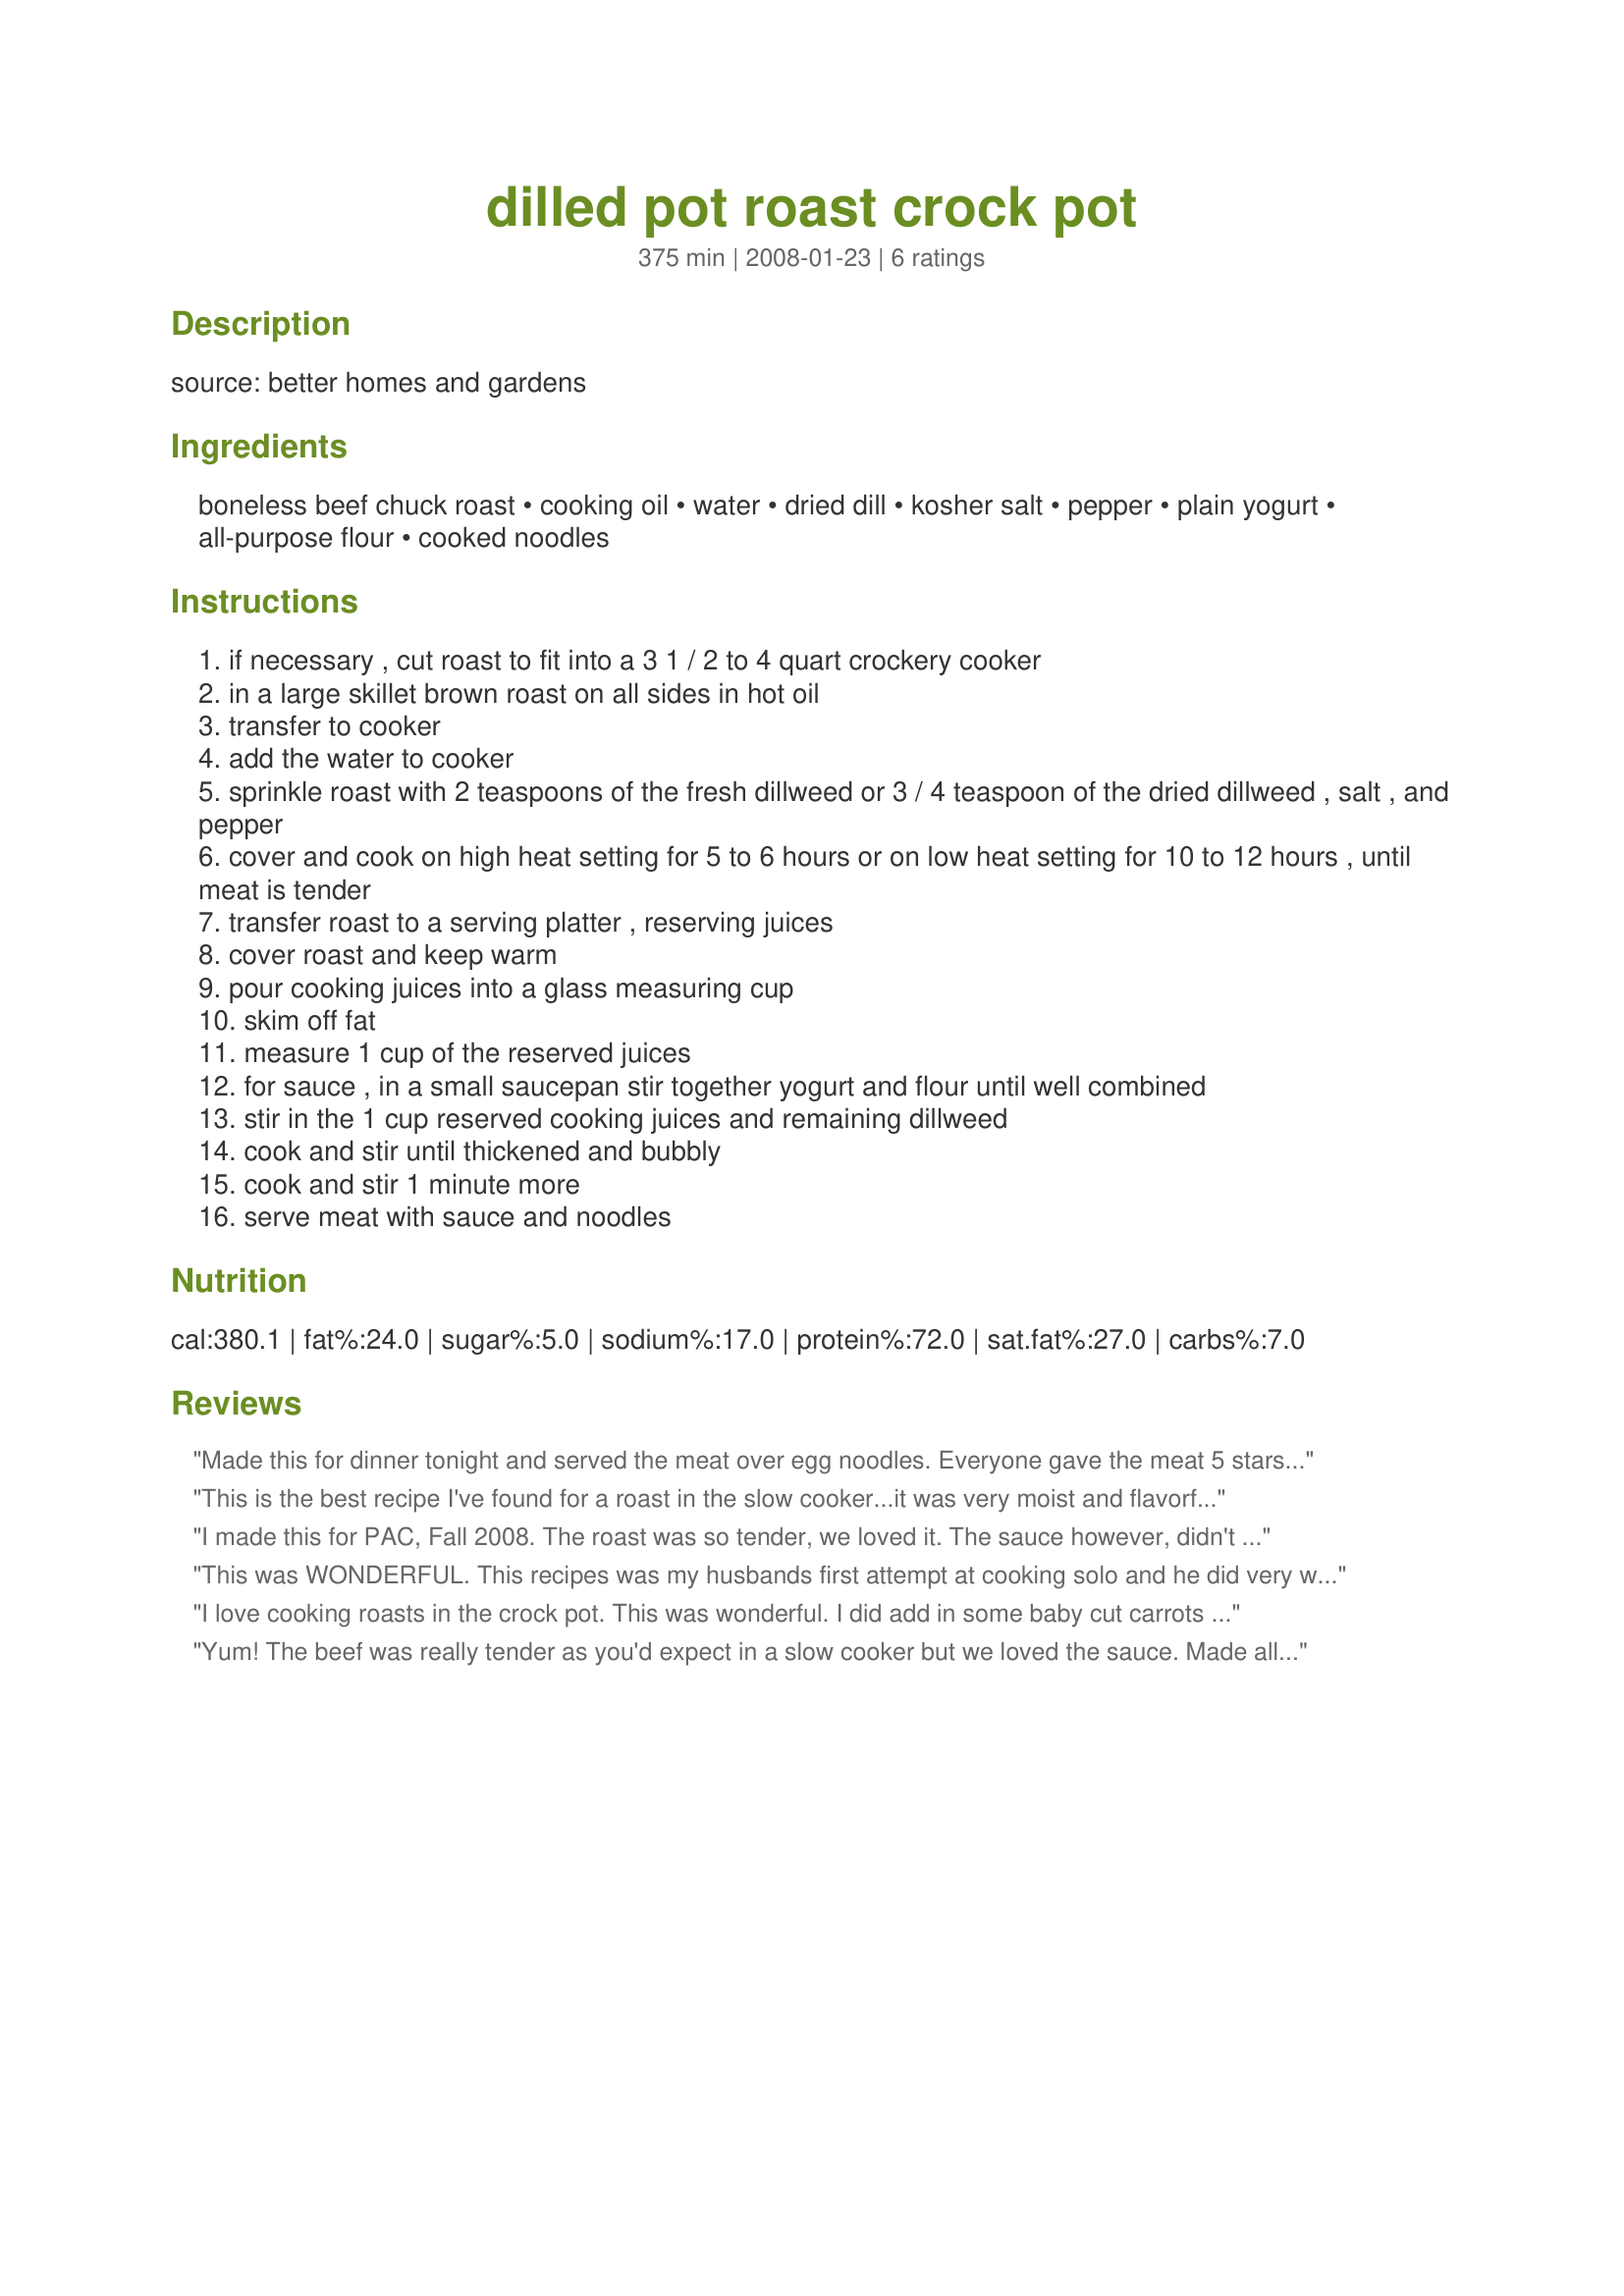
dilled pot roast crock pot
Preparation time: 375 minutes

source: better homes and gardens

Ingredients:
boneless beef chuck roast, cooking oil, water, dried dill, kosher salt, pepper, plain yogurt, all-purpose flour, cooked noodles

Steps:
if necessary , cut roast to fit into a 3 1 / 2 to 4 quart crockery cooker
in a large skillet brown roast on all sides in hot oil
transfer to cooker
add the water to cooker
sprinkle roast with 2 teaspoons of the fresh dillweed or 3 / 4 teaspoon of the dried dillweed , salt , and pepper
cover and cook on high heat setting for 5 to 6 hours or on low heat setting for 10 to 12 hours , until meat is tender
transfer roast to a serving platter , reserving juices
cover roast and keep warm
pour cooking juices into a glass measuring cup
skim off fat
measure 1 cup of the reserved juices
for sauce , in a small saucepan stir together yogurt and flour until well combined
stir in the 1 cup reserved cooking juices and remaining dillweed
cook and stir until thickened and bubbly
cook and stir 1 minute more
serve meat with sauce and noodles

Reviews:
Made this for dinner tonight and served the meat over egg noodles. Everyone gave the meat 5 stars (even though my cut of meat was very tough) because the flavor of the meat was WONDERFUL! However; the sauce got mixed reviews...my eldest DD and I loved it, where as my other two DDs didn't like the sauce at all. DS said the sauce was ok, and DH wouldn't try it just because it had dill in it. I never told him that the roast itself had dill. What he doesn't know won't hurt him. Thanks for sharing your recipe Sarah. Made and reviewed for the 30th AUS/NZ Recipe Swap
This is the best recipe I've found for a roast in the slow cooker...it was very moist and flavorful. The sauce really didn't turn out for me in the end but I was okay without it. This is being added to my rotation of recipes!
I made this for PAC, Fall 2008.
The roast was so tender, we loved it. The sauce however, didn't thicken for me. I used low fat yogurt so that may have been the problem. Next time I make this I will throw some potatoes in because I love potatoes and dill. I was hoping to have enough leftovers for a pot pie but we ate to much of it. Thanks Sarah, this will go in my winter rotation.
This was WONDERFUL. This recipes was my husbands first attempt at cooking solo and he did very well. 

The sauce needs just a bit of salt, but other than that, the meat was very tender and juicy. The sauce is great over potatoes, as well.
I love cooking roasts in the crock pot. This was wonderful. I did add in some baby cut carrots and a sliced onion. When I measured the drippings there was exactly 1 cup. I used a brown rice thicker which was added to the liquid first and allowed to thicken. The heat was turned off and Greek yogurt was gently stirred in. It made a very nice sauce for the beef and gluten free pasta. The carrots and onion were served on the side along with Recipe #132757. Made for Aussie Swap.
Yum! The beef was really tender as you'd expect in a slow cooker but we loved the sauce. Made all as directed other than I used Greek yoghurt and served with a few steamed vegies as well as the noodles and the sauce was great over everything.
